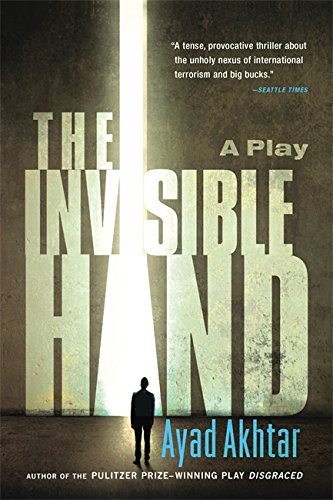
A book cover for The Invisible Hand; Ayad Akhtar; Literature & Fiction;